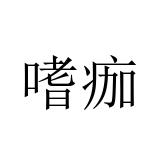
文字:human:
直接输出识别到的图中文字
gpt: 嗜痂